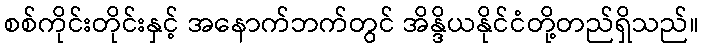
စစ်ကိုင်းတိုင်းနှင့် အနောက်ဘက်တွင် အိန္ဒိယနိုင်ငံတို့တည်ရှိသည်။